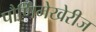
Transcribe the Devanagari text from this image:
पौर्णिमेखेरीज